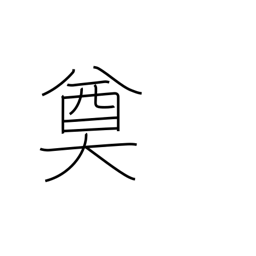
Meaning: decision